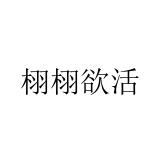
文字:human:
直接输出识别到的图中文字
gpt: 栩栩欲活